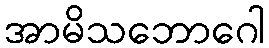
အာမိသဘောဂေါ